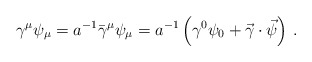
\begin{align*}\gamma ^\mu \psi _\mu= a^{-1}\bar \gamma^\mu \psi _\mu =a^{-1} \left( \gamma ^0\psi _0 +\vec \gamma \cdot \vec \psi \right) \,.\end{align*}